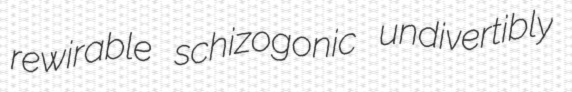
rewirable schizogonic undivertibly